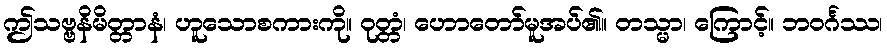
ဤသဗ္ဗနိမိတ္တာနံ၊ ဟူသောစကားကို။ ဝုတ္တံ၊ ဟောတော်မူအပ်၏။ တသ္မာ၊ ကြောင့်။ ဘဝင်္ဂဿ၊